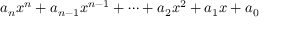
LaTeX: a _ { n } x ^ { n } + a _ { n - 1 } x ^ { n - 1 } + \cdots + a _ { 2 } x ^ { 2 } + a _ { 1 } x + a _ { 0 }